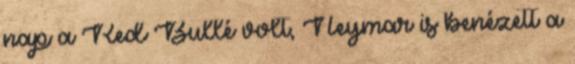
nap a Red Bullé volt, Neymar is benézett a